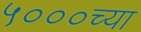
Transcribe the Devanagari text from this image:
५०००च्या